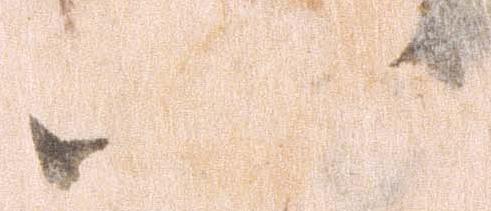
八